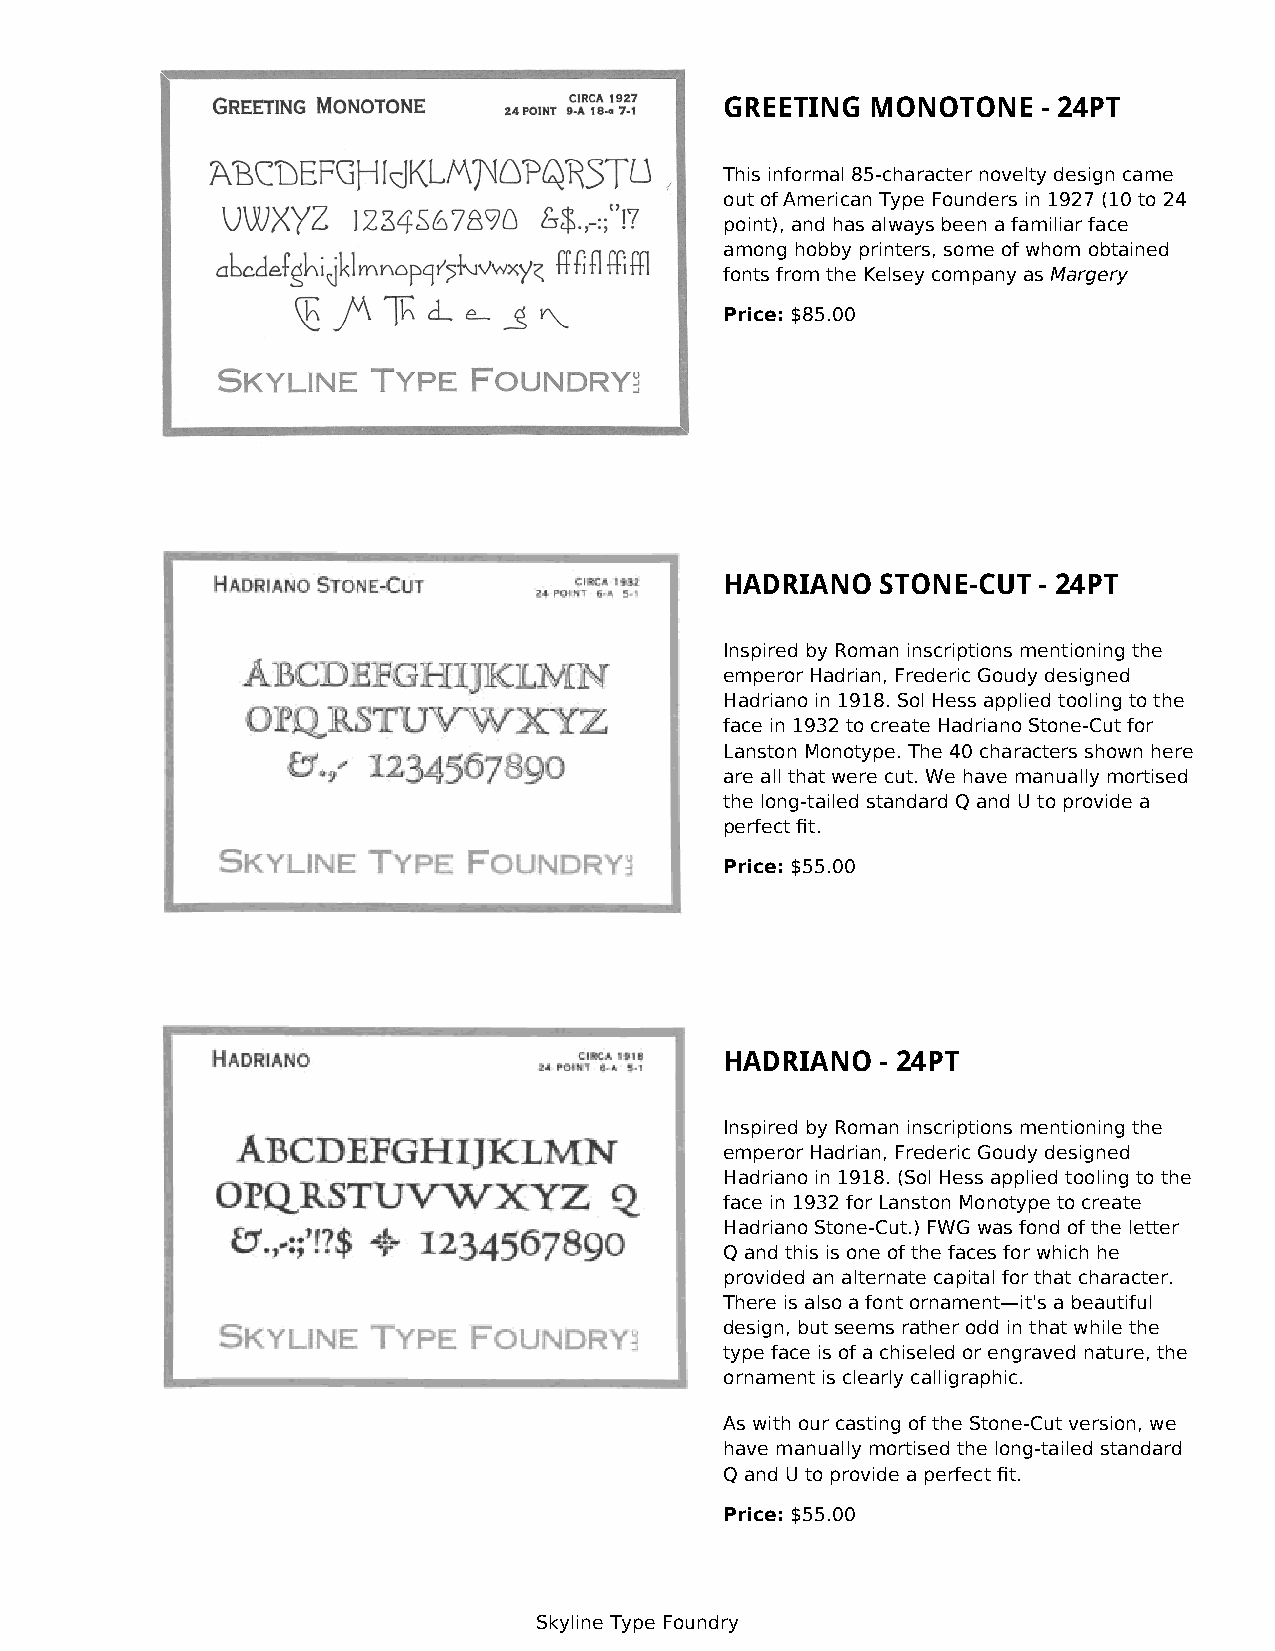
GREETING  MONOTONE   - 24PT
 This informal 85-character novelty design came
 out of American Type Founders in 1927 (10 to 24
 point), and has always been a familiar face
 among hobby printers, some of whom obtained
 fonts from the Kelsey company as Margery
 Price: $85.00
 HADRIANO  STONE-CUT  - 24PT
 Inspired by Roman inscriptions mentioning the
 emperor Hadrian, Frederic Goudy designed
 Hadriano in 1918. Sol Hess applied tooling to the
 face in 1932 to create Hadriano Stone-Cut for
 Lanston Monotype. The 40 characters shown here
 are all that were cut. We have manually mortised
 the long-tailed standard Q and U to provide a
 perfect fit.
 Price: $55.00
 HADRIANO  - 24PT
 Inspired by Roman inscriptions mentioning the
 emperor Hadrian, Frederic Goudy designed
 Hadriano in 1918. (Sol Hess applied tooling to the
 face in 1932 for Lanston Monotype to create
 Hadriano Stone-Cut.) FWG was fond of the letter
 Q and this is one of the faces for which he
 provided an alternate capital for that character.
 There is also a font ornament—it's a beautiful
 design, but seems rather odd in that while the
 type face is of a chiseled or engraved nature, the
 ornament is clearly calligraphic.
 As with our casting of the Stone-Cut version, we
 have manually mortised the long-tailed standard
 Q and U to provide a perfect fit.
 Price: $55.00
 Skyline Type Foundry